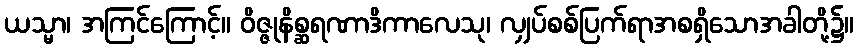
ယသ္မာ၊ အကြင်ကြောင့်။ ဝိဇ္ဇုနိစ္ဆရဏာဒိကာလေသု၊ လျှပ်စစ်ပြက်ရာအစရှိသောအခါတို့၌။